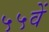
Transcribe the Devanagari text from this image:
५५वें